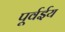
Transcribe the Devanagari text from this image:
पूर्वईय